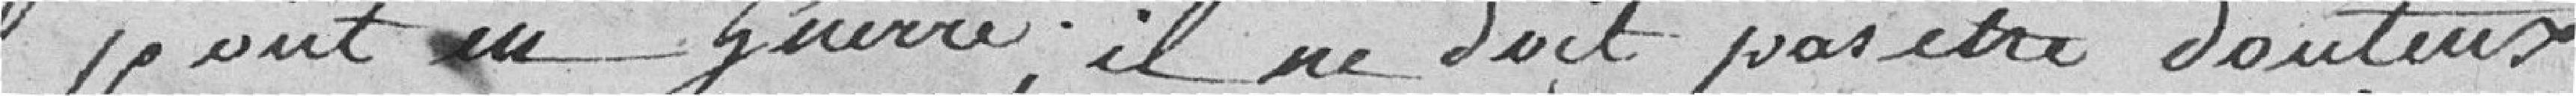
point en guerre, il ne doit pas être douteux